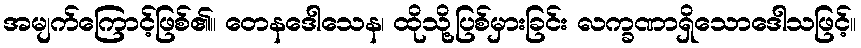
အမျက်ကြောင့်ဖြစ်၏။ တေနဒေါသေန၊ ထိုသို့ပြစ်မှားခြင်း လက္ခဏာရှိသောဒေါသဖြင့်။